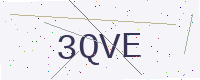
Text: 3QVE